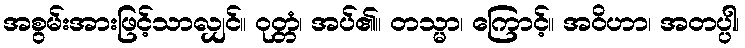
အစွမ်းအားဖြင့်သာလျှင်။ ဝုတ္တံ၊ အပ်၏။ တသ္မာ၊ ကြောင့်။ အဝိဟာ၊ အတပ္ပါ၊